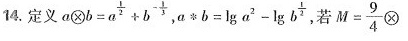
14.定义a\times b=a^\frac{1}{2}+b^\frac{1}{3} ,a*b=lga^2-lgb\frac{1}{2},若M=\frac{9}{4}\times